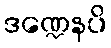
ဒဏ္ဍေနပိ